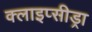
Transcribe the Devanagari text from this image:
क्लाइप्सीड्रा